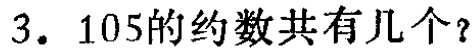
3. 105的约数共有几个？